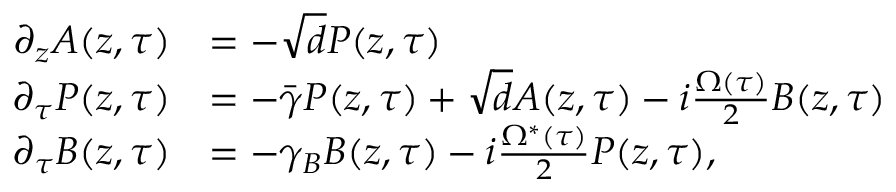
\begin{array} { r l } { \partial _ { z } A ( z , \tau ) } & { = - \sqrt { d } P ( z , \tau ) } \\ { \partial _ { \tau } P ( z , \tau ) } & { = - \bar { \gamma } P ( z , \tau ) + \sqrt { d } A ( z , \tau ) - i \frac { \Omega ( \tau ) } { 2 } B ( z , \tau ) } \\ { \partial _ { \tau } B ( z , \tau ) } & { = - \gamma _ { B } B ( z , \tau ) - i \frac { \Omega ^ { * } ( \tau ) } { 2 } P ( z , \tau ) , } \end{array}